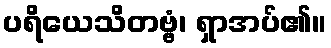
ပရိယေသိတဗ္ဗံ၊ ရှာအပ်၏။